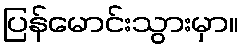
ပြန်မောင်းသွားမှာ။